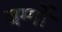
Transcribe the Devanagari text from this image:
वर्ग्गो